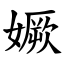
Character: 㜧